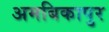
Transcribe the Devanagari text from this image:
अमबिकापुर